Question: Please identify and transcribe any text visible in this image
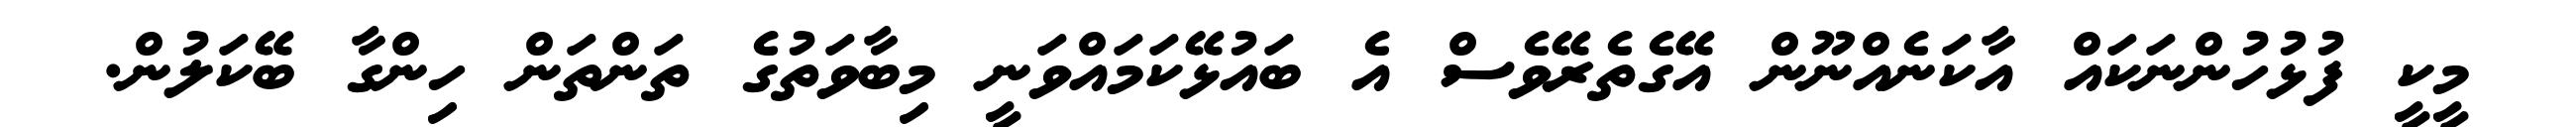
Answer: މީކީ ފުޅުހުންނަކައް އާކަނެއްނޫން އޭގެތެރޭވެސް އެ ބައުޅޭކަމައްވަނީ މިބާވަތުގެ ތަންތަން ހިންގާ ބޭކަލުން.